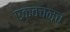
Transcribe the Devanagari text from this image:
एकवचनच